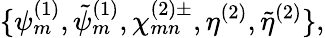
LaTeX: \{ \psi_{m}^{(1)},\tilde{\psi}_{m}^{(1)},\chi_{mn}^{(2)\pm},\eta^{(2)},\tilde{\eta}^{(2)}\} ,